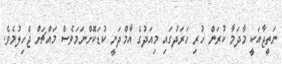
ނަތީޖާއަކީ މާދަމާ ކުރަން ހުރި ހަރަދުގައި މިއަދުގެ އާމްދަނީ ކުޑަކޮށްނަމަވެސް މައްޗަށް ޖެހިލުމެވެ.